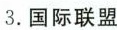
3.国际联盟